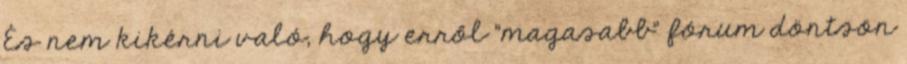
És nem kikérni való, hogy erről "magasabb" fórum döntsön